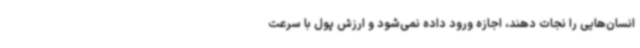
انسان‌هایی را نجات دهند، اجازه ورود داده نمی‌شود و ارزش پول با سرعت